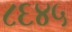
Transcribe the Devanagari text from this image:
८६४५